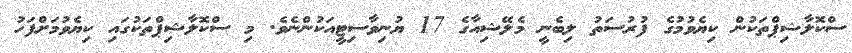
ސްކޮލާޝިޕްތަކުން ކިޔެވުމުގެ ފުރުސަތު ލިބެނީ މެލޭޝިއާގެ 17 ޔުނިވާސިޓީއަކުންނެވެ. މި ސްކޮލާޝިޕްތަކުގައި ކިޔެވުމަށްފަހު